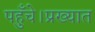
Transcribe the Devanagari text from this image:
पहुँचे।प्रख्यात